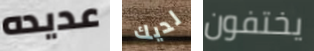
عديده لديك يختفون